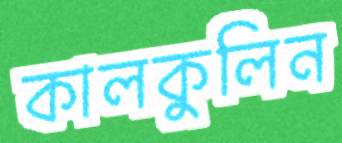
কালকুলিন